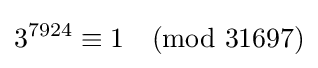
3^{7924}\equiv 1{\pmod {31697}}